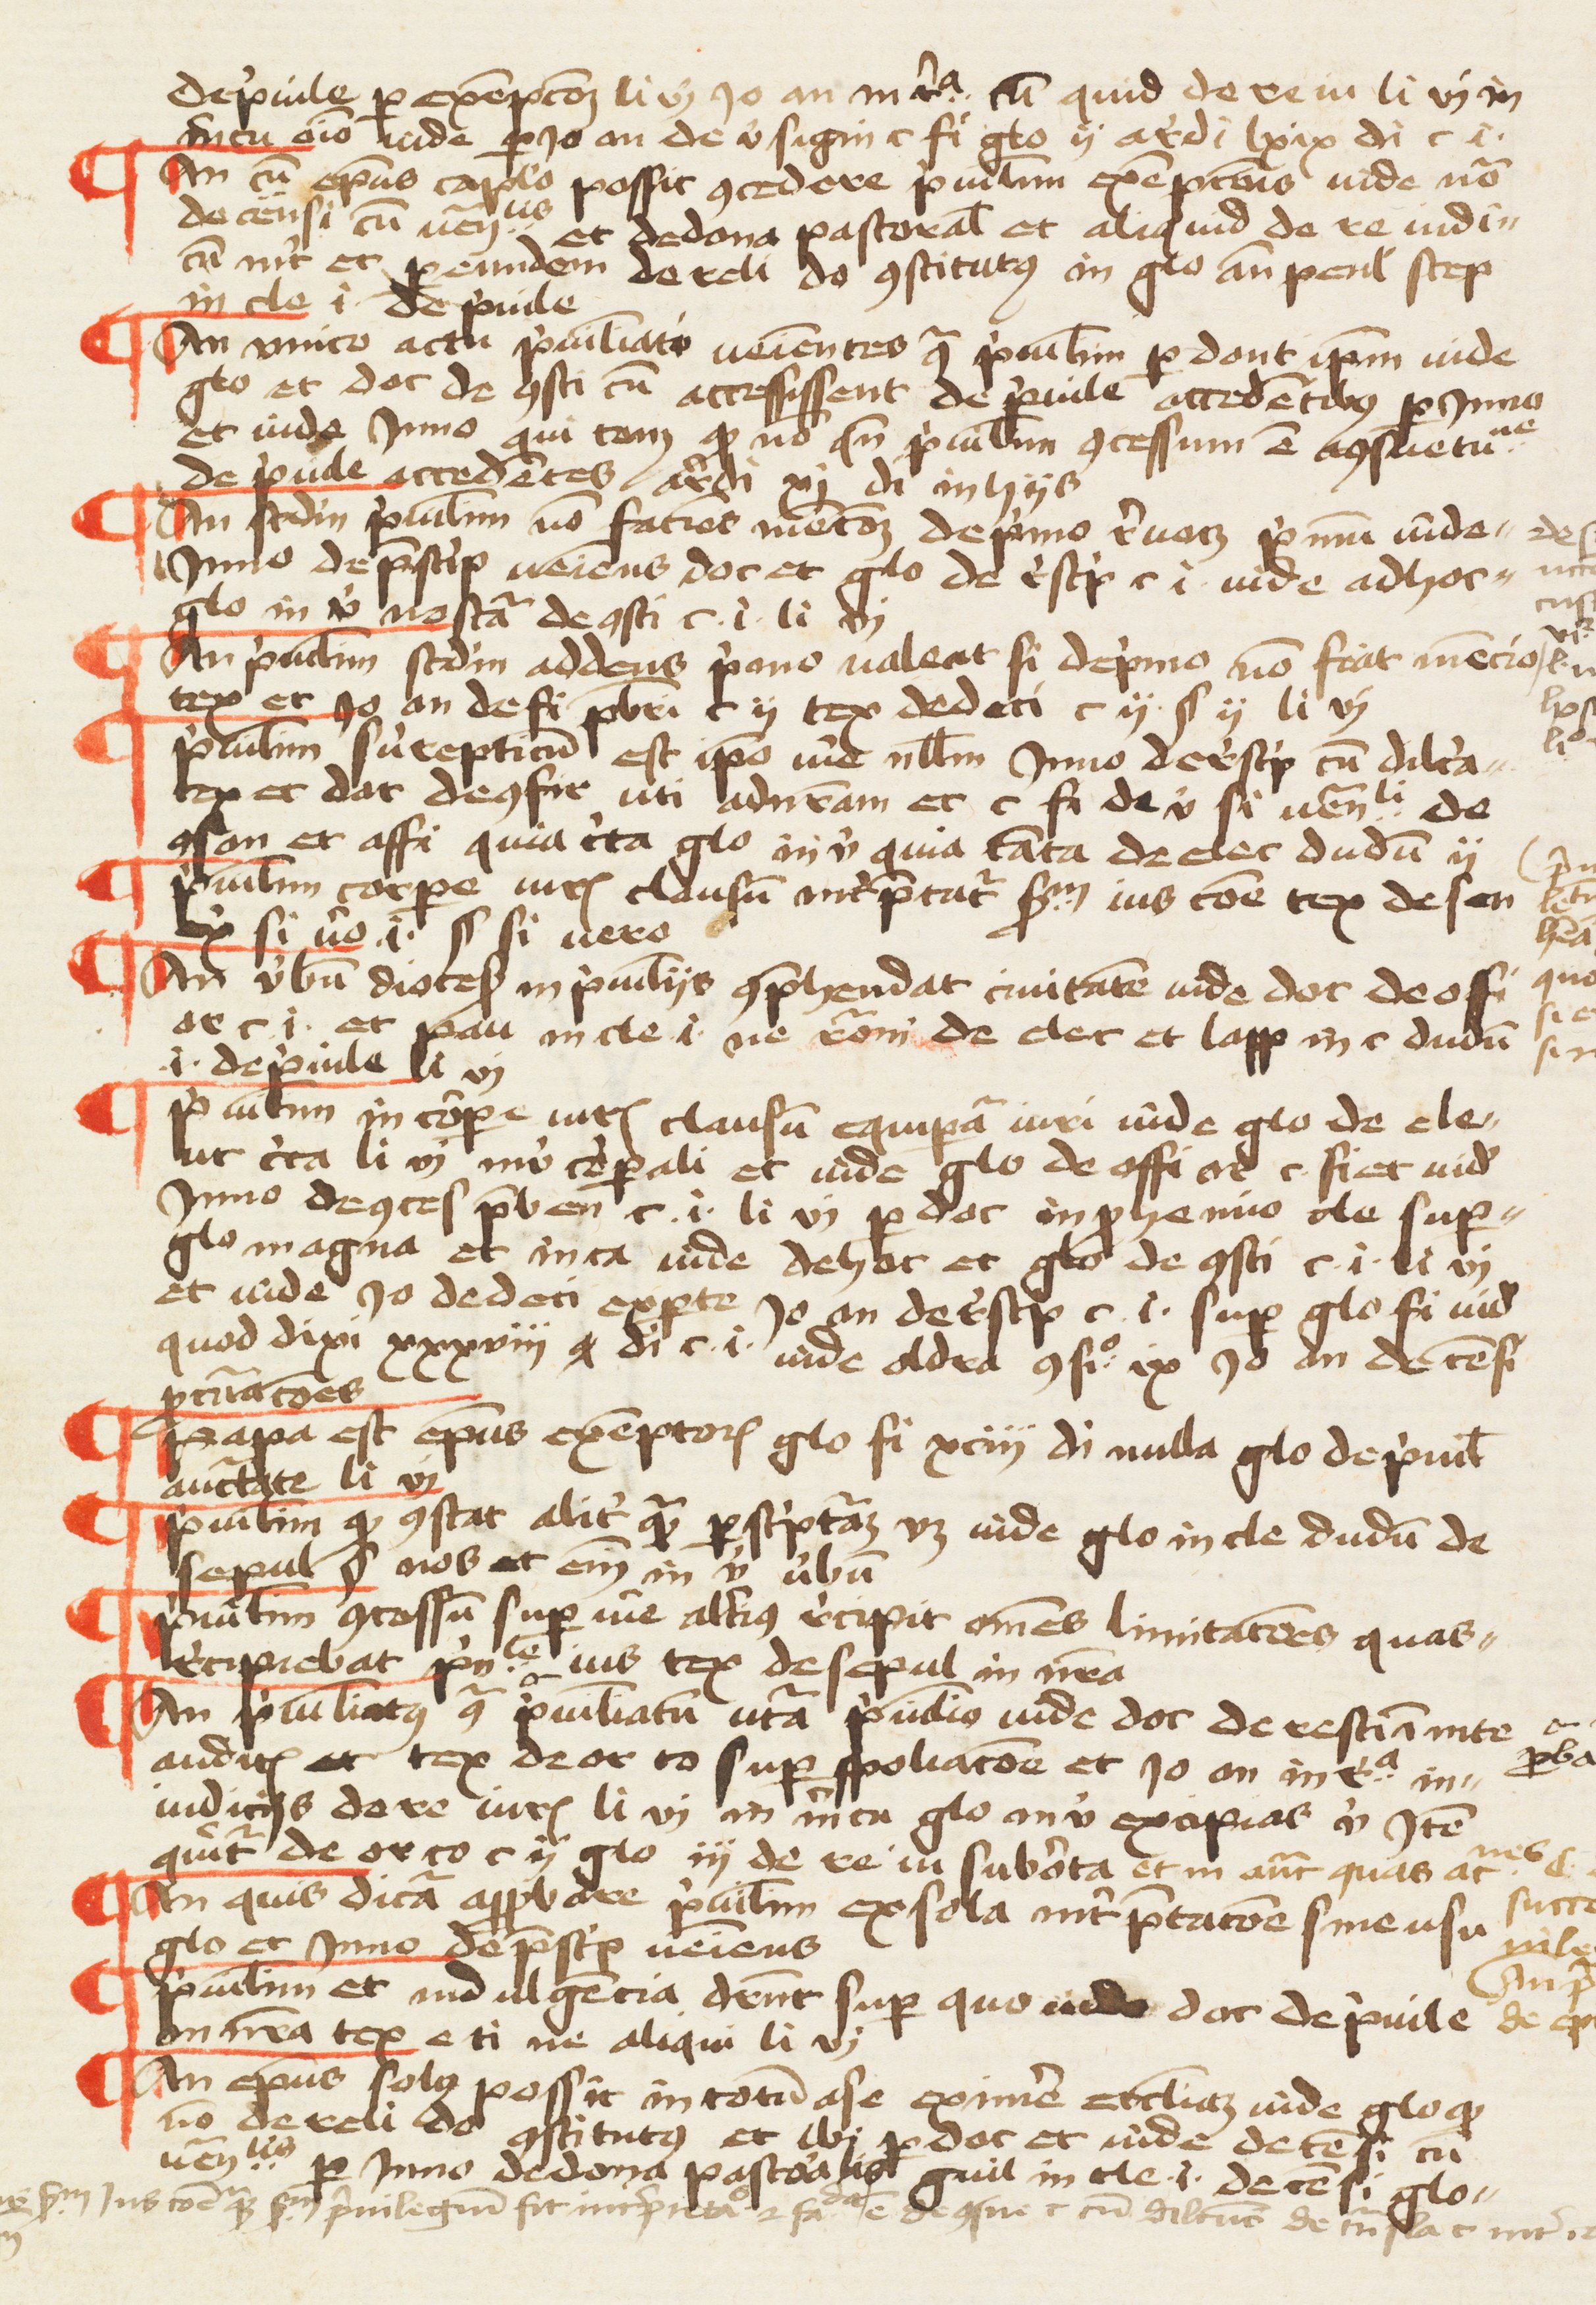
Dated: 1457–1457